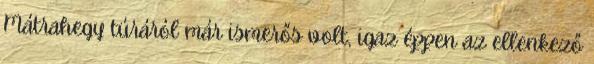
Mátrahegy túráról már ismerős volt, igaz éppen az ellenkező